Annual administration and progress report of the Indian Medical Department, Bombay
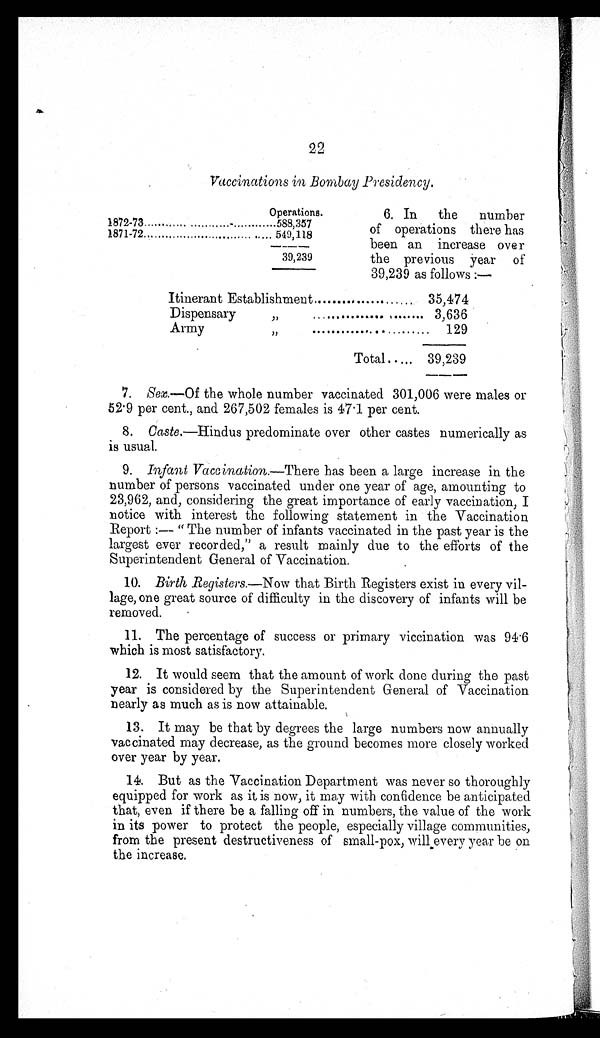
22
Vaccinations in Bombay Presidency.
Operations.
1872-73
588,357
1871-72
549,118
39,239
6.In the number
of operations there has
been an increase over
the previous year of
39,239 as follows :—
Itinerant Establishment
35,474
Dispensary "
3,636
Army
"
129
Total
39,239
7
.Sex.—Of the whole number vaccinated 301,006 were males or
52'9 per cent., and 267,502 females is 47 .1 per cent.
8.Caste.—Hindus predominate over other castes numerically as
is usual.
9.Infant Vaccination.—'There has been a large increase in the
number of persons vaccinated under one year of age, amounting to
23,962, and, considering the great importance of early vaccination, I
notice with interest the following statement in the Vaccination
Report :-- " The number of infants vaccinated in the past year is the
largest ever recorded," a result mainly due to the efforts of the
Superintendent General of Vaccination.
10.Birth Registers.—Now that Birth Registers exist in every vil-
lage, one great source of difficulty in the discovery of infants will be
removed.
11.The percentage of success or primary viccination was 94.6
which is most satisfactory.
12.It would seem that the amount of work clone during the past
year is considered by the Superintendent General of Vaccination
nearly as much as is now attainable.
13.It may be that by degrees the large numbers now annually
vaccinated may decrease, as the ground becomes more closely worked
over year by year
14.But as the Vaccination Department was never so thoroughly
equipped for work as it is now, it may with confidence be anticipated
that, even if there be a falling off in numbers, the value of the work
in its power to protect the people, especially village communities,
from the present destructiveness of small-pox, will every year be on
the increase.